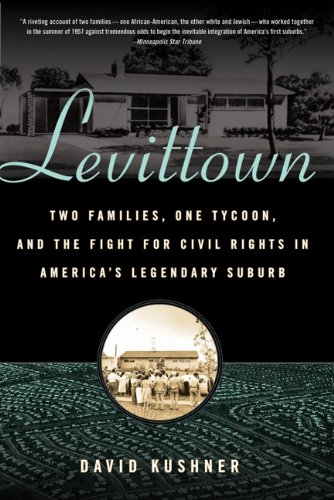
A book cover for Levittown: Two Families, One Tycoon, and the Fight for Civil Rights in America's Legendary Suburb; David Kushner; Law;